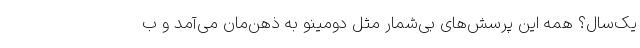
یک‌سال؟ همه این پرسش‌های بی‌شمار مثل دومینو به ذهن‌مان می‌آمد و ب